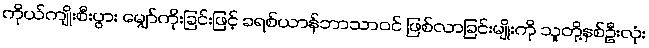
ကိုယ်ကျိုးစီးပွား မျှော်ကိုးခြင်းဖြင့် ခရစ်ယာန်ဘာသာဝင် ဖြစ်လာခြင်းမျိုးကို သူတို့နှစ်ဦးလုံး